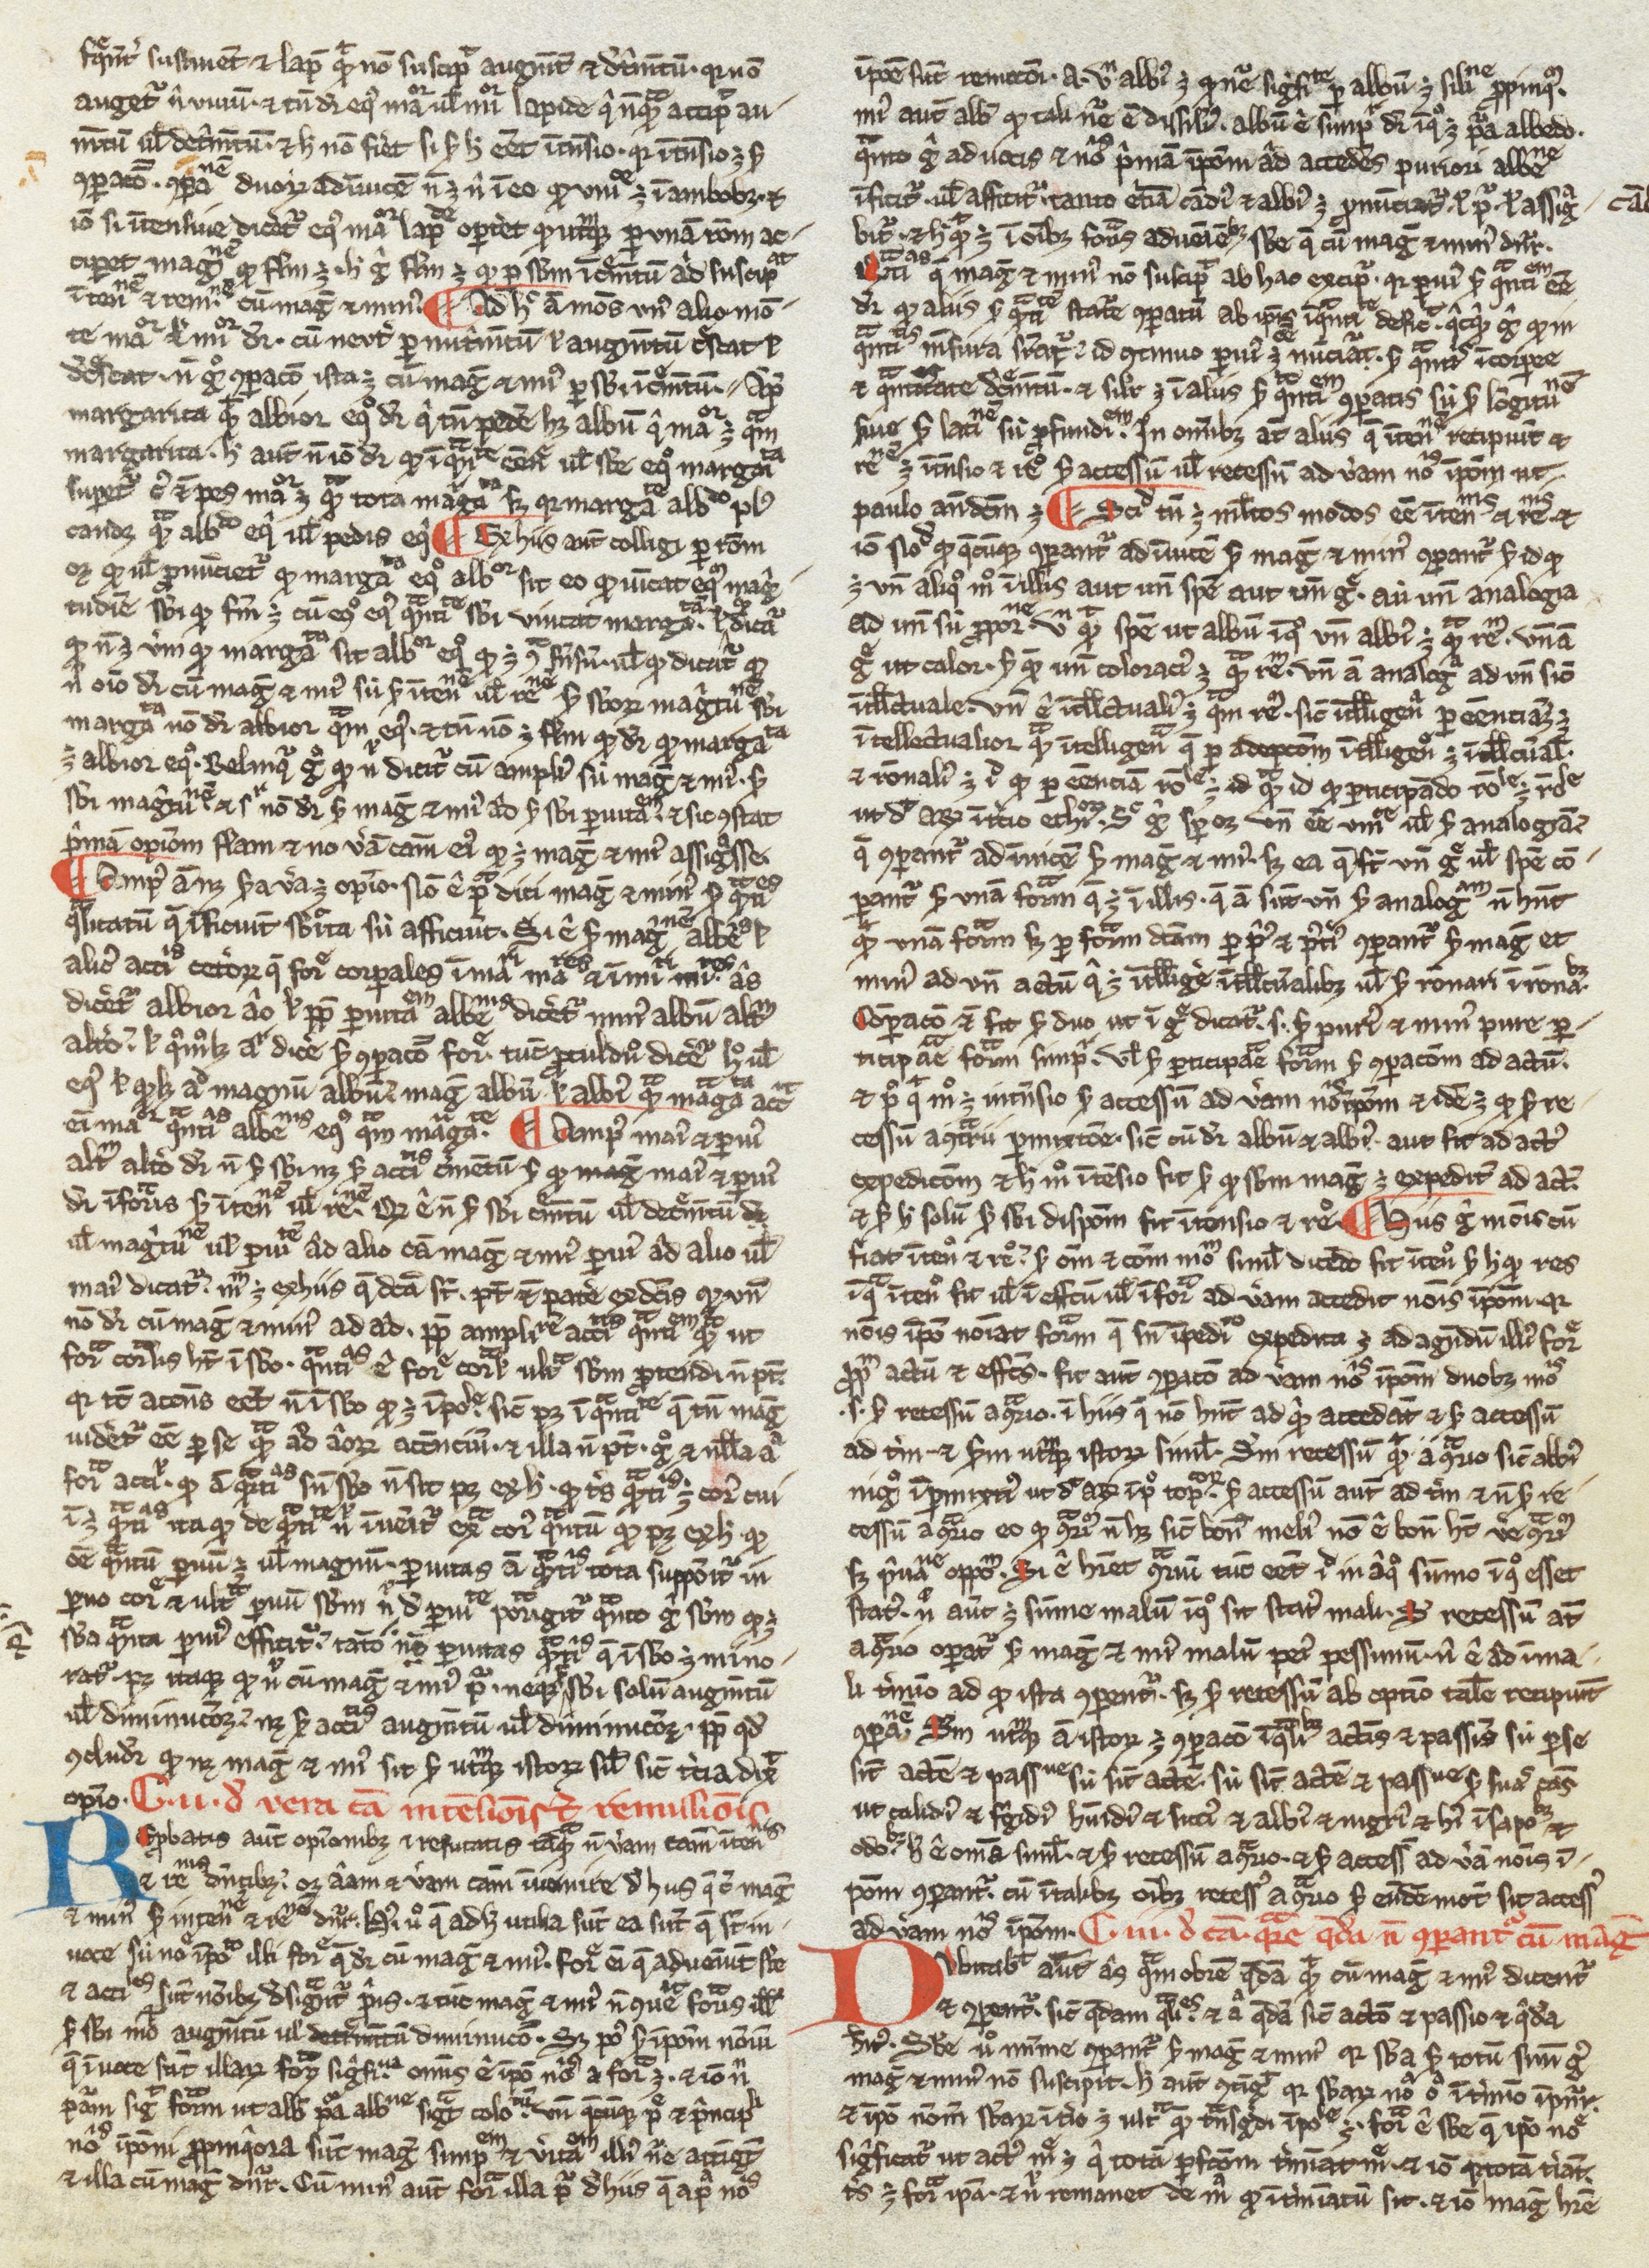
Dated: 1200–1399